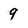
Character: 9